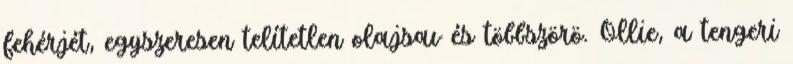
fehérjét, egyszeresen telítetlen olajsav és többszörö. Ollie, a tengeri